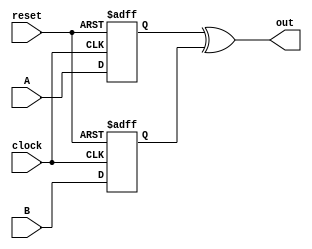
module xor_timing_control(
    input wire A,
    input wire B,
    input wire clock,
    input wire reset,
    output reg out
);

reg delayed_A;
reg delayed_B;

always @(posedge clock or posedge reset) begin
    if (reset) begin
        delayed_A <= 1'b0;
        delayed_B <= 1'b0;
    end else begin
        delayed_A <= A;
        delayed_B <= B;
    end
end

always @* begin
    out = delayed_A ^ delayed_B;
end

endmodule